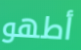
أطهو